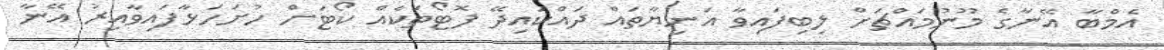
އެމްބާ އޭނާގެ މޫނުމައްޗަށް ލިބިފައިވާ އަނިޔާތައް ދައްކައިދޭ ފޮޓޯތަކެއް ކޯޓަށް ހުށަހަޅާފައިވާއިރު އޭނާ